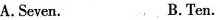
A.Seven. B. Ten.